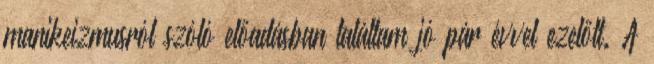
manikeizmusról szóló előadásban találtam jó pár évvel ezelőtt. A